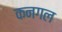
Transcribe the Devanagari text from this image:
कनगल